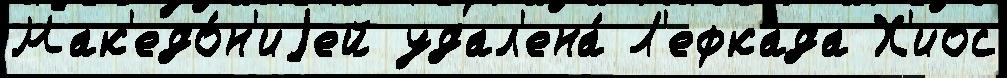
Мак'едо́н'иjей удал'ена́ Л'ефкада Х'иос